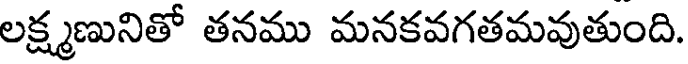
లక్ష్మణునితో తనము మనకవగతమవుతుంది.